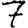
Digit: 7